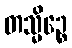
တသ္မိဉ္စေ